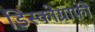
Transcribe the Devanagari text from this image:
डिस्कोग्राफ़ी